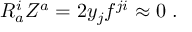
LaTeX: R _ { a } ^ { i } Z ^ { a } = 2 y _ { j } f ^ { j i } \approx 0 \ .